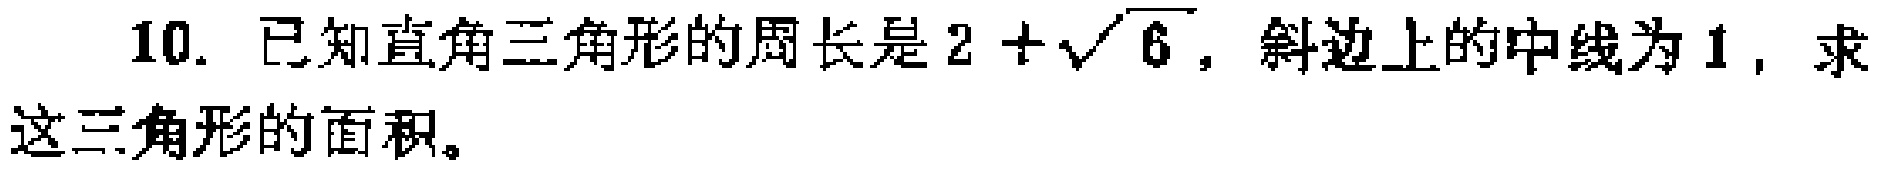
10. 已知直角三角形的周长是\(2 + \sqrt{6}\)，斜边上的中线为\(1\)，求这三角形的面积。